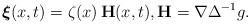
LaTeX: \begin{align*} \boldsymbol \xi(x,t)=\zeta(x)\, \mathbf H(x,t), \mathbf H=\nabla\Delta^{-1} g.\end{align*}